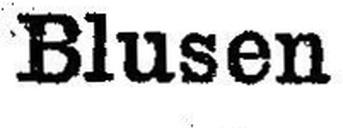
Blusen